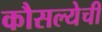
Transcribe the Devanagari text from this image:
कौसल्येची